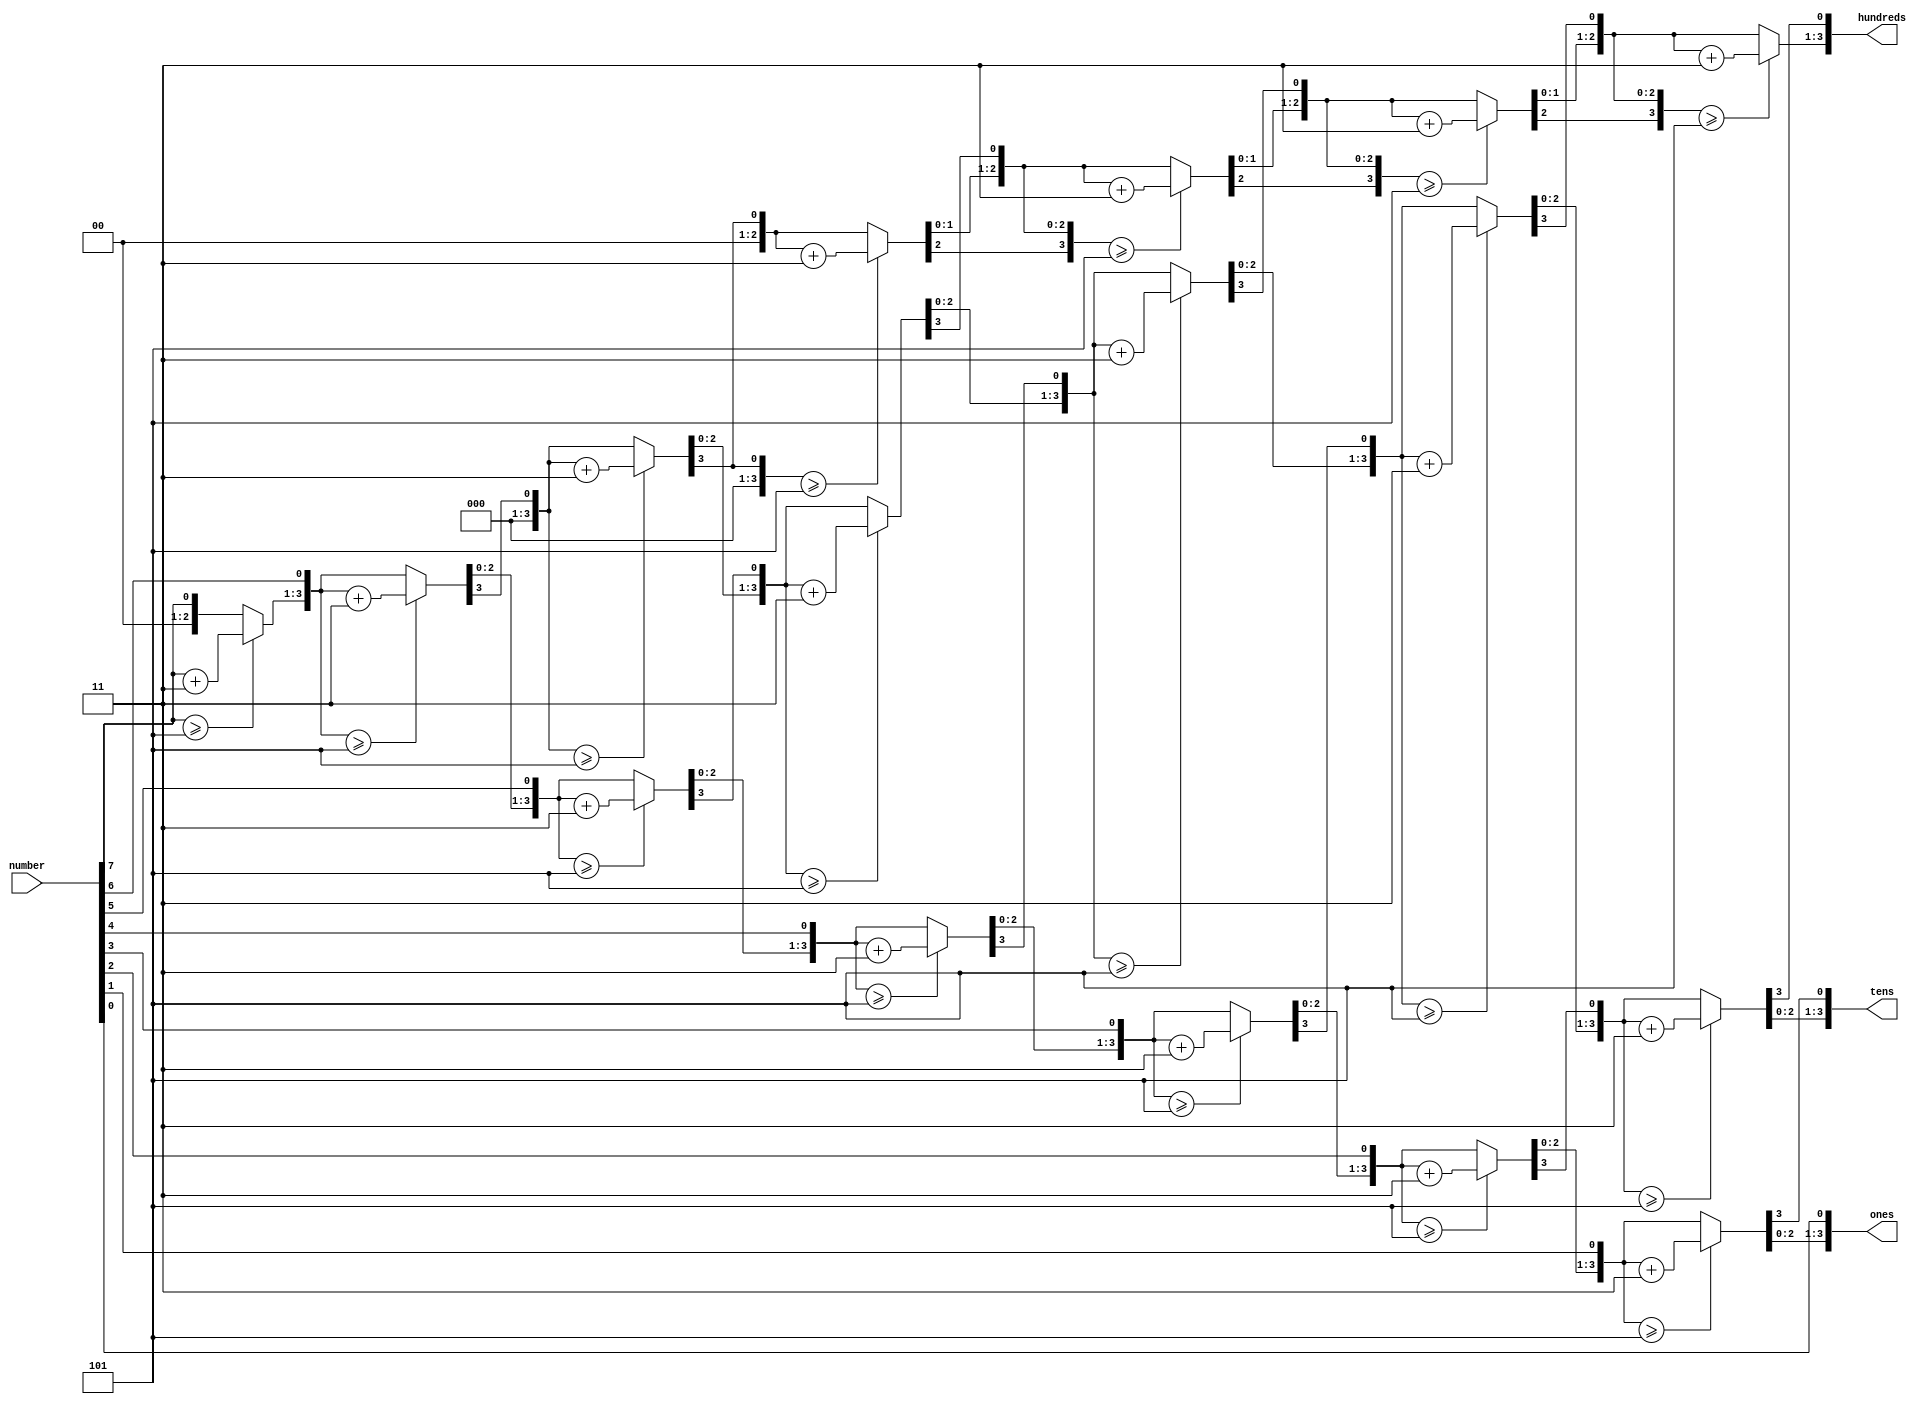
//Code from: http://www.deathbylogic.com/2013/12/binary-to-binary-coded-decimal-bcd-converter/

module bcd(number, hundreds, tens, ones);
   // I/O Signal Definitions
   input  [7:0] number;
   output reg [3:0] hundreds;
   output reg [3:0] tens;
   output reg [3:0] ones;
   
   // Internal variable for storing bits
   reg [19:0] shift;
   integer i;
   
   always @(number)
   begin
      // Clear previous number and store new number in shift register
      shift[19:8] = 0;
      shift[7:0] = number;
      
      // Loop eight times
      for (i=0; i<8; i=i+1) begin
         if (shift[11:8] >= 5)
            shift[11:8] = shift[11:8] + 3;
            
         if (shift[15:12] >= 5)
            shift[15:12] = shift[15:12] + 3;
            
         if (shift[19:16] >= 5)
            shift[19:16] = shift[19:16] + 3;
         
         // Shift entire register left once
         shift = shift << 1;
      end
      
      // Push decimal numbers to output
      hundreds = shift[19:16];
      tens     = shift[15:12];
      ones     = shift[11:8];
   end
 
endmodule